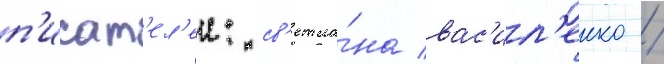
п'исат'ел'еи: св'етла́на вас'ил'енко /